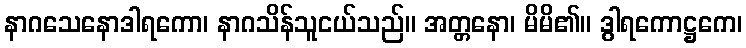
နာဂသေနောဒါရကော၊ နာဂသိန်သူငယ်သည်။ အတ္တနော၊ မိမိ၏။ ဒွါရကောဋ္ဌကေ၊